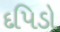
દપિડો